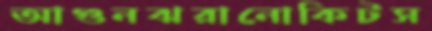
আগুনঝরানোকিটস